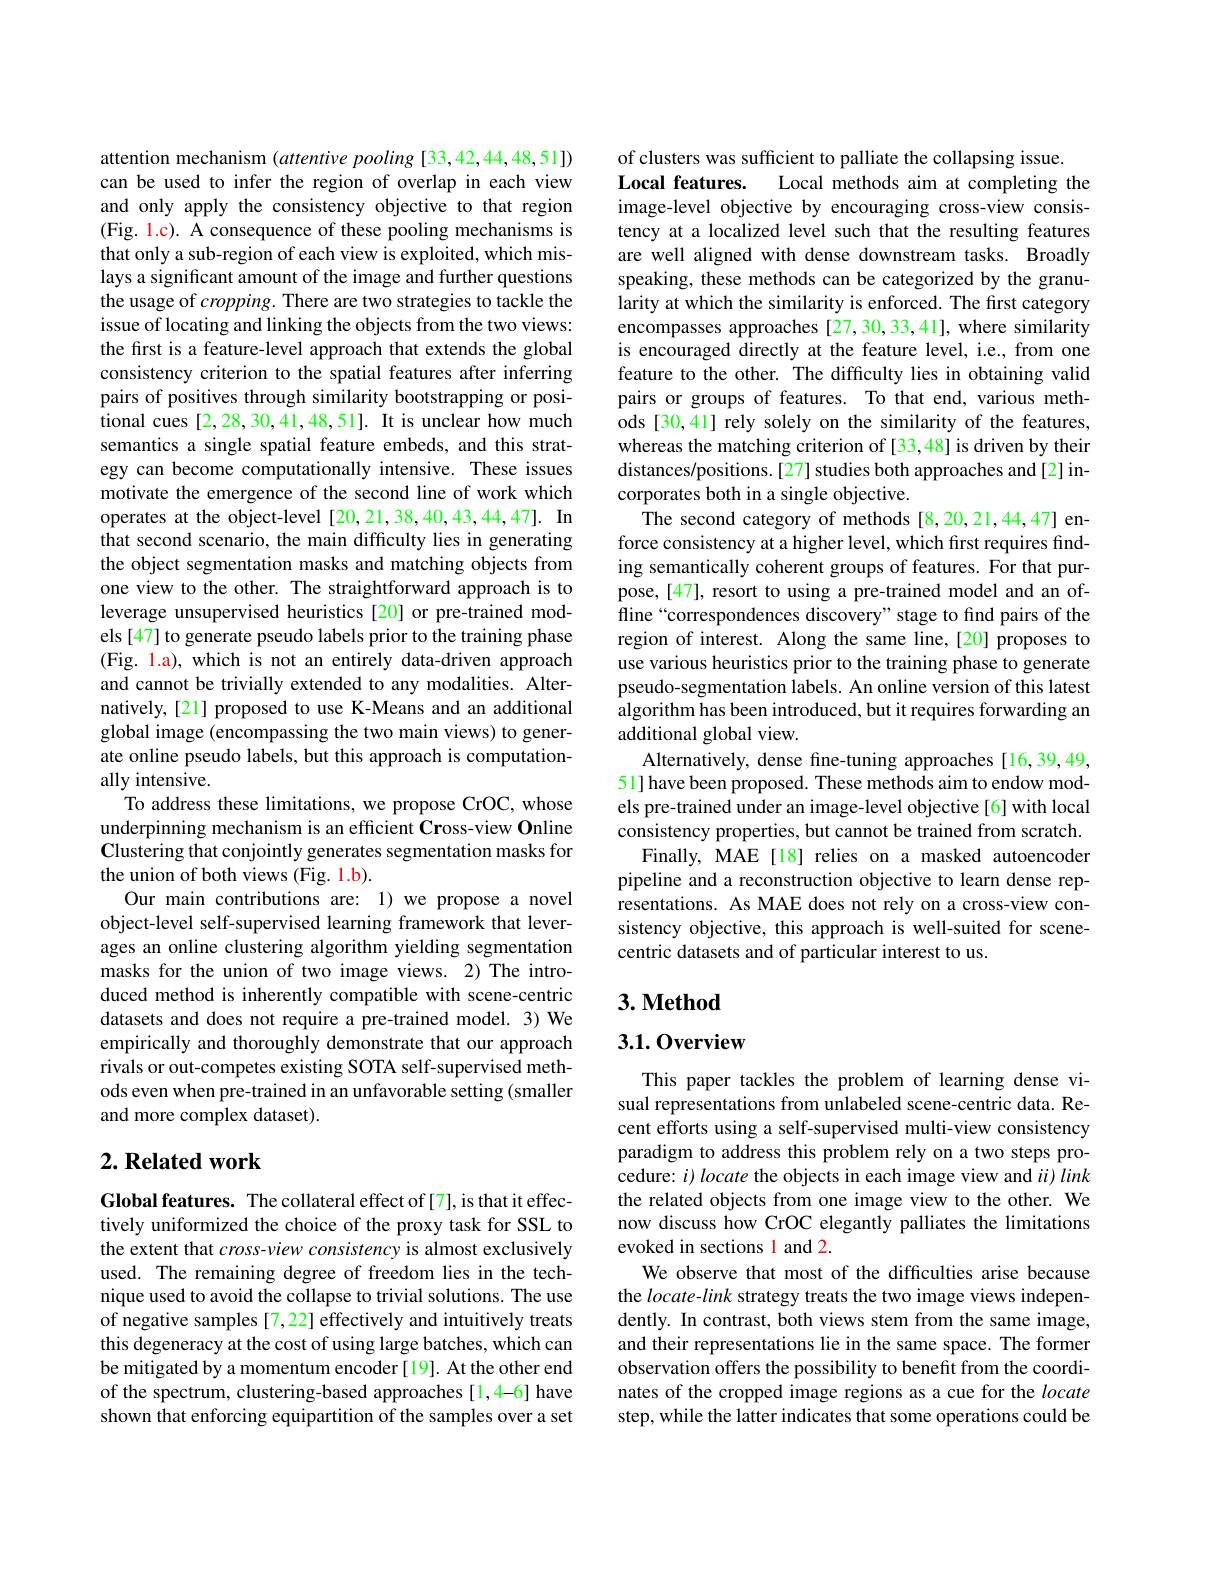
attention mechanism $(attentive$ pooling [33,42,44,48,51]) can be used to infer the region of overlap in each view and only apply the consistency objective to that region (Fig. 1.c). A consequence of these pooling mechanisms is that only a sub-region of each view is exploited, which mislays a significant amount of the image and further questions the usage of cropping. There are two strategies to tackle the issue of locating and linking the objects from the two views: the first is a feature-level approach that extends the global consistency criterion to the spatial features after inferring pairs of positives through similarity bootstrapping or positional cues [2,28,30,41,48,51]. It is unclear how much semantics a single spatial feature embeds, and this strategy can become computationally intensive. These issues motivate the emergence of the second line of work which operates at the object-level [20,21,38,40,43,44,47]. In that second scenario, the main difficulty lies in generating the object segmentation masks and matching objects from one view to the other. The straightforward approach is to leverage unsupervised heuristics [20] or pre-trained models [47] to generate pseudo labels prior to the training phase (Fig. l.a), which is not an entirely data-driven approach and cannot be trivially extended to any modalities. Alternatively,[21] proposed to use K-Means and an additional global image (encompassing the two main views) to generate online pseudo labels, but this approach is computationally intensive.
To address these limitations, we propose CrOC, whose underpinning mechanism is an efficient Cross-view Online Clustering that conjointly generates segmentation masks for the union of both views (Fig. 1.b).
Our main contributions are: 1) we propose a novel object-level self-supervised learning framework that leverages an online clustering algorithm yielding segmentation masks for the union of two image views. 2) The introduced method is inherently compatible with scene-centric datasets and does not require a pre-trained model. 3) We empirically and thoroughly demonstrate that our approach rivals or out-competes existing SOTA self-supervised methods even when pre-trained in an unfavorable setting (smaller and more complex dataset).

## $2. \textbf{Related work}$

Global features. The collateral effect of[7], is that it effectively uniformized the choice of the proxy task for SSL to the extent that cross-view consistency is almost exclusively used. The remaining degree of freedom lies in the technique used to avoid the collapse to trivial solutions. The use of negative samples [7,22] effectively and intuitively treats this degeneracy at the cost of using large batches, which can be mitigated by a momentum encoder [19]. At the other end of the spectrum, clustering-based approaches[1,4-6] have shown that enforcing equipartition of the samples over a set

of clusters was sufficient to palliate the collapsing issue.
Local features.
Local methods aim at completing the
image-level objective by encouraging cross-view consistency at a localized level such that the resulting features are well aligned with dense downstream tasks. Broadly speaking, these methods can be categorized by the granularity at which the similarity is enforced. The first category encompasses approaches [27,30,33,41], where similarity is encouraged directly at the feature level, i.e., from one feature to the other. The difficulty lies in obtaining valid pairs or groups of features. To that end, various methods [30,41] rely solely on the similarity of the features, whereas the matching criterion of [33,48] is driven by their distances/positions.[27] studies both approaches and[2] incorporates both in a single objective.
The second category of methods [8,20,21,44,47] enforce consistency at a higher level, which first requires finding semantically coherent groups of features. For that purpose, [47], resort to using a pre-trained model and an offline“correspondences discovery”stage to find pairs of the region of interest. Along the same line,[20] proposes to use various heuristics prior to the training phase to generate pseudo-segmentation labels. An online version of this latest algorithm has been introduced, but it requires forwarding an additional global view.
Alternatively, dense fine-tuning approaches [16,39,49, 51] have been proposed. These methods aim to endow models pre-trained under an image-level objective[6] with local consistency properties, but cannot be trained from scratch.
Finally, MAE[18] relies on a masked autoencoder pipeline and a reconstruction objective to learn dense representations. As MAE does not rely on a cross-view consistency objective, this approach is well-suited for scenecentric datasets and of particular interest to us

## $3. \textbf{Method}$

### 3.1.0verview

This paper tackles the problem of learning dense visual representations from unlabeled scene-centric data. Recent efforts using a self-supervised multi-view consistency paradigm to address this problem rely on a two steps procedure: $i) \textit{locate the objects in each image view and }ii) \textit{link}$ the related objects from one image view to the other. We now discuss how CrOC elegantly palliates the limitations evoked in sections 1 and 2.
We observe that most of the difficulties arise because the locate-link strategy treats the two image views independently. In contrast, both views stem from the same image, and their representations lie in the same space. The former observation offers the possibility to benefit from the coordinates of the cropped image regions as a cue for the locate step, while the latter indicates that some operations could be